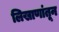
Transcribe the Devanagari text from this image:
लिखाणांतून